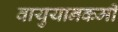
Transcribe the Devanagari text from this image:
वायुयानकर्मी